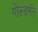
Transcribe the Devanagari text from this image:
गोल्डमॅन